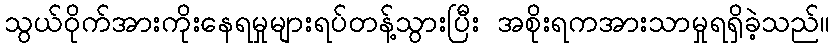
သွယ်ဝိုက်အားကိုးနေရမှုများရပ်တန့်သွားပြီး အစိုးရကအားသာမှုရရှိခဲ့သည်။